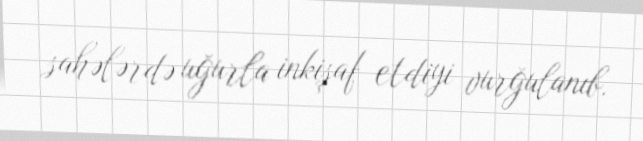
sahələrdə uğurla inkişaf etdiyi vurğulanıb.